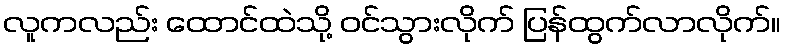
လူကလည်း ထောင်ထဲသို့ ဝင်သွားလိုက် ပြန်ထွက်လာလိုက်။